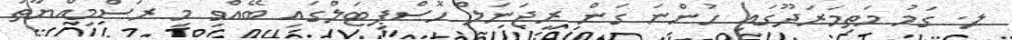
ލ. ގަމު މަތިމަރަދޫގައި ހުންނަ ގަން ރީޖަނަލް ހޮސްޕިޓަލްގައި ބޭއްވި މި ރަސްމިއްޔާތު